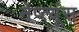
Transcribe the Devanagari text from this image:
नेप्त्यूंस